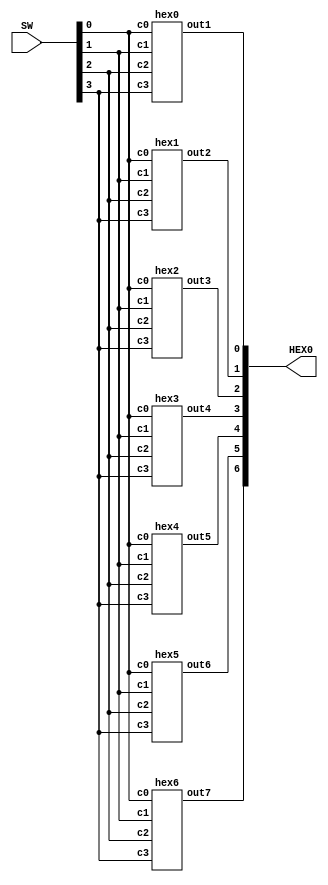
module mux(HEX0, SW);
    input [9:0] SW;
    output [6:0] HEX0;

    hex0 u1(
        .c3(SW[3]),
        .c2(SW[2]),
		  .c1(SW[1]),
        .c0(SW[0]),
        .out1(HEX0[0])
        );
		  
    hex1 u2(
        .c3(SW[3]),
        .c2(SW[2]),
		  .c1(SW[1]),
        .c0(SW[0]),
        .out2(HEX0[1])
        );
    
	 hex2 u3(
        .c3(SW[3]),
        .c2(SW[2]),
		  .c1(SW[1]),
        .c0(SW[0]),
        .out3(HEX0[2])
        ); 
		  
    hex3 u4(
        .c3(SW[3]),
        .c2(SW[2]),
		  .c1(SW[1]),
        .c0(SW[0]),
        .out4(HEX0[3])
        );
		 
    hex4 u5(
        .c3(SW[3]),
        .c2(SW[2]),
		  .c1(SW[1]),
        .c0(SW[0]),
        .out5(HEX0[4])
        ); 
		  
    hex5 u6(
        .c3(SW[3]),
        .c2(SW[2]),
		  .c1(SW[1]),
        .c0(SW[0]),
        .out6(HEX0[5])
        );
		 
    hex6 u7(
        .c3(SW[3]),
        .c2(SW[2]),
		  .c1(SW[1]),
        .c0(SW[0]),
        .out7(HEX0[6])
        );
endmodule

module hex0(c3, c2, c1, c0, out1);
    input c3; //selected when s is 0
    input c2; //selected when s is 1
    input c1; //select signal
	 input c0;
    output out1; //output
  
    assign out1 = ~c3 & c2 & ~c1 & ~c0 | c3 & c2 & ~c1 & c0 | c3 & ~c2 & c1 & c0 | ~c3 & ~c2 & ~c1 & c0;

endmodule

module hex1(c3, c2, c1, c0, out2);
    input c3; //selected when s is 0
    input c2; //selected when s is 1
    input c1; //select signal
	 input c0;
    output out2; //output
  
    assign out2 = c2 & c1 & ~c0 | c3 & c1 & c0 | ~c3 & c2 & ~c1 & c0 | c3 & c2 & ~c0;

endmodule

module hex2(c3, c2, c1, c0, out3);
    input c3; //selected when s is 0
    input c2; //selected when s is 1
    input c1; //select signal
	 input c0;
    output out3; //output
  
    assign out3 = ~c3 & ~c2 & c1 & ~c0 | c3 & c2 & c1 | c3 & c2 & ~c0;

endmodule

module hex3(c3, c2, c1, c0, out4);
    input c3; //selected when s is 0
    input c2; //selected when s is 1
    input c1; //select signal
	 input c0;
    output out4; //output
  
    assign out4 = ~c3 & c2 & ~c1 & ~c0 | ~c2 & ~c1 & c0 | c2 & c1 & c0 | c3 & ~c2 & c1 & ~c0;

endmodule

module hex4(c3, c2, c1, c0, out5);
    input c3; //selected when s is 0
    input c2; //selected when s is 1
    input c1; //select signal
	 input c0;
    output out5; //output
  
    assign out5 = ~c3 & c2 & ~c1 | ~c2 & ~c1 & c0 | ~c3 & c0;

endmodule

module hex5(c3, c2, c1, c0, out6);
    input c3; //selected when s is 0
    input c2; //selected when s is 1
    input c1; //select signal
	 input c0;
    output out6; //output
  
    assign out6 = ~c3 & ~c2 & c0 | ~c3 & ~c2 & c1 | ~c3 & c1 & c0 | c3 & c2 & ~c1 & c0;

endmodule

module hex6(c3, c2, c1, c0, out7);
    input c3; //selected when s is 0
    input c2; //selected when s is 1
    input c1; //select signal
	 input c0;
    output out7; //output
  
    assign out7 = ~c3 & ~c2 & ~c1 | c3 & c2 & ~c1 & ~c0 | ~c3 & c2 & c1 & c0;

endmodule